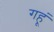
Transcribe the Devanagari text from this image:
गहूं